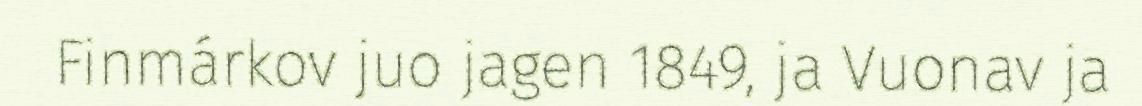
Finmárkov juo jagen 1849, ja Vuonav ja